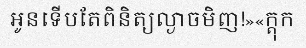
អូនទើបតែពិនិត្យល្ងាចមិញ!»«ក្តុក